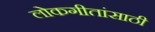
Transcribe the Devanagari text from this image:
लोकगीतांसाठी